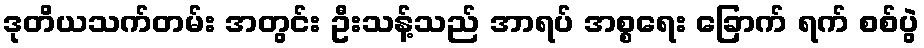
ဒုတိယသက်တမ်း အတွင်း ဦးသန့်သည် အာရပ် အစ္စရေး ခြောက် ရက် စစ်ပွဲ